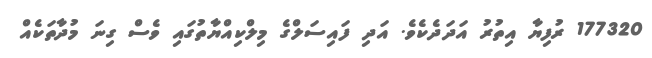
177320 ރުފިޔާ އިތުރު އަދަދެކެވެ. އަދި ފައިސަލްގެ މިލްކިއްޔާތުގައި ވެސް ގިނަ މުދާތަކެއް